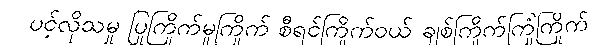
ပင့်လိုသမှု ပြုကြိုက်မူကြိုက် စီရင်ကြိုက်ဝယ် ချစ်ကြိုက်ကြုံကြိုက်